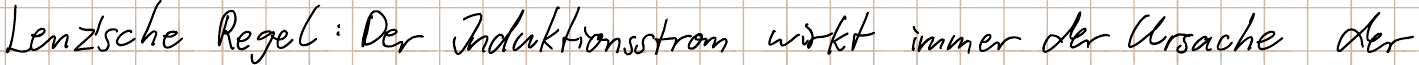
Lenz´sche Regel: Der Induktionsstrom wirkt immer der Ursache der